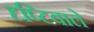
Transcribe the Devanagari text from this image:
दृष्टिवाले